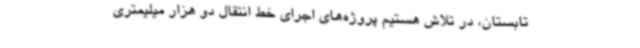
تابستان، در تلاش هستیم پروژه‌های اجرای خط انتقال دو هزار میلیمتری